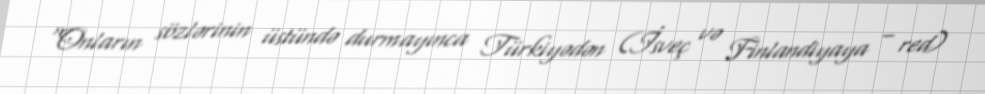
“Onların sözlərinin üstündə durmayınca Türkiyədən (İsveç və Finlandiyaya – red)